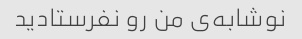
نوشابه‌ی من رو نفرستادید